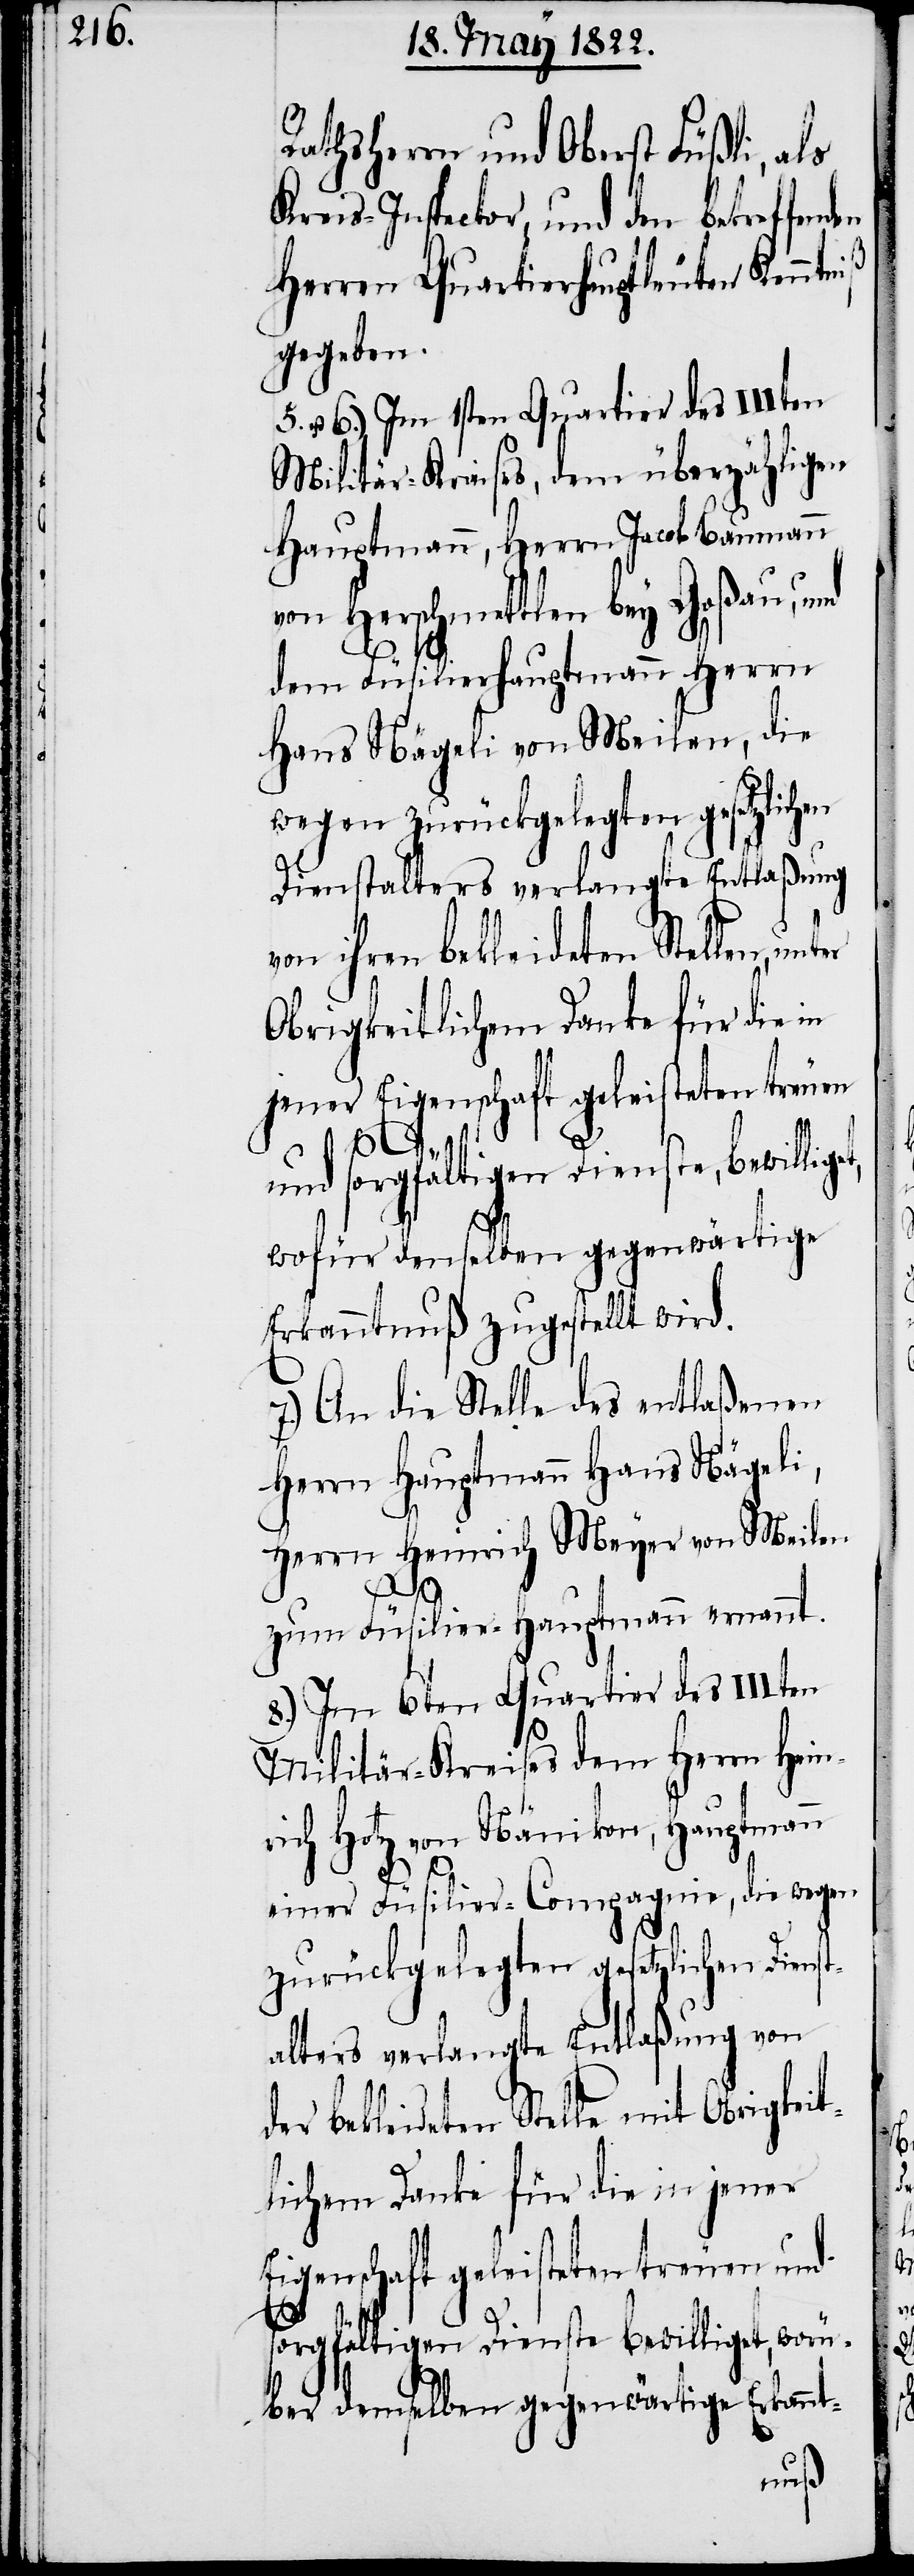
Rathsherrn und Oberst Füßli, als
Kreis-Inspector, und den betreffenden
Herren Quartiershauptleuten Kennt¬
gegeben.
u. 6.) Im 1sten Quartier des 3ten
Militär-Kreises, dem überzähligen
Hauptmann, Herrn Jacob Baumann
von Herschmettlen bey Goßau, und
dem Füsilierhauptmann Herrn
Hans Nägeli von Meilen, die
wegen zurückgelegten gesetzlich¬
Dienstalters verlangte Entlaßung
von ihren bekleideten Stellen,
Obrigkeitlichem Danke für die in
jener Eigenschaft geleisteten treuen
gfältigen Dienste, bewillige¬
und sor¬
wofür denselben gegenwärtige
Erkanntnuß zugestellt wird.
7.) An die Stelle des entlaßenen
Herrn Hauptmann Hans Nägeli,
Herrn Heinrich Meyer von Meilen
t,
zum Füsilier-Hauptmann ernannt.
8.) Im 6ten Quartier des 3ten
Militär-Kreises dem Herrn Hein¬
rich Hotz von Nänikon, Hauptmann
einer Füsilier-Compagnie, die wegen
zurückgelegten gesetzlichen Dienst¬
alters verlangte Entlaßung von
der bekleideten Stelle mit Obrigkeit¬
lichem Danke für die in jener
Eigenschaft geleisteten treuen und
sorgfältigen Dienste bewilliget, worü¬
ber demselben gegenwärtige Erkannt-
en